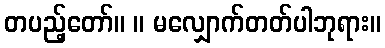
တပည့်တော်။ ။ မလျှောက်တတ်ပါဘုရား။